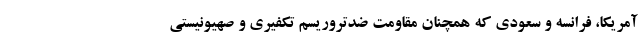
آمریکا، فرانسه و سعودی که همچنان مقاومت ضدتروریسم تکفیری و صهیونیستی